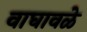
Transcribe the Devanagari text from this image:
वाघावळे